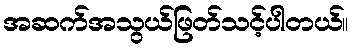
အဆက်အသွယ်ဖြတ်သင့်ပါတယ်။